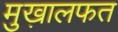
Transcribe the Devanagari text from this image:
मुख़ालफत